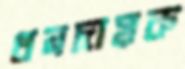
ধনদায়ক